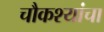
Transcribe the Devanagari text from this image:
चौकश्यांचा